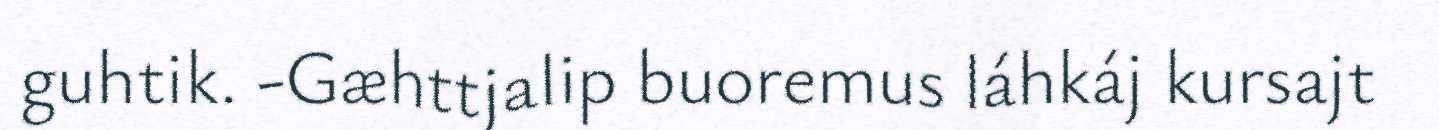
guhtik. -Gæhttjalip buoremus láhkáj kursajt